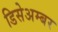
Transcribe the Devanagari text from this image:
डिसेअम्बर